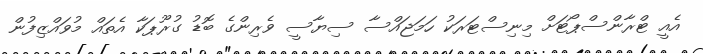
އެއީ ޓްރާންސްޕޯޓަށް މިނިސްޓަރަކު ހަމަޖައްސާ ސިޔާސީ ވެރިންގެ ބޮޑު ގުރޫޕަކާ އެތައް މުވައްޒިފުން